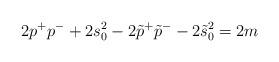
LaTeX: \begin{align*}2p^{+}p^{-}+2s_0^2-2\tilde p^{+}\tilde p^{-}-2\tilde s_0^2=2m\end{align*}